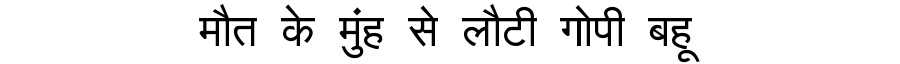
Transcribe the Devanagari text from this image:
मौत के मुंह से लौटी गोपी बहू